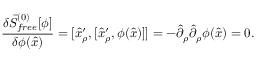
{ \frac { \delta \bar { S } _ { f r e e } ^ { ( 0 ) } [ \phi ] } { \delta \phi ( \hat { x } ) } } = [ \hat { x } _ { \rho } ^ { \prime } , [ \hat { x } _ { \rho } ^ { \prime } , \phi ( \hat { x } ) ] ] = - \hat { \partial } _ { \rho } \hat { \partial } _ { \rho } \phi ( \hat { x } ) = 0 .